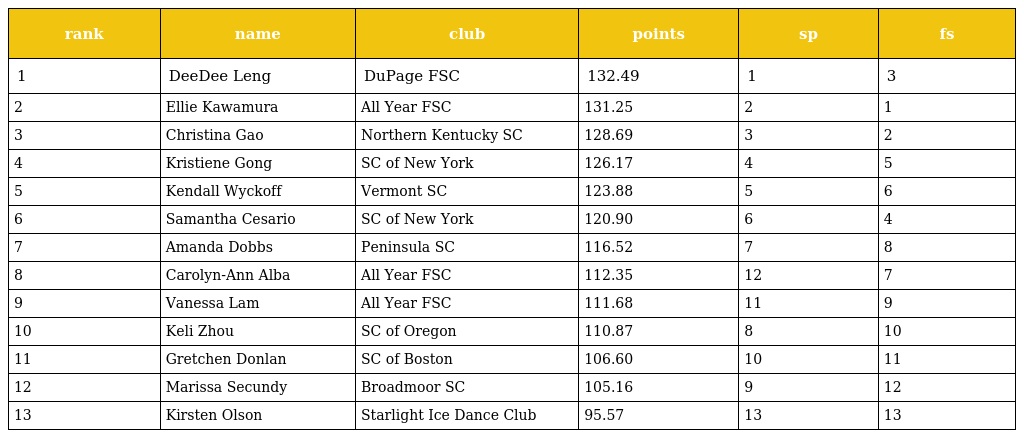
| rank | name | club | points | sp | fs |
 | --- | --- | --- | --- | --- | --- |
 | 1 | DeeDee Leng | DuPage FSC | 132.49 | 1 | 3 |
 | 2 | Ellie Kawamura | All Year FSC | 131.25 | 2 | 1 |
 | 3 | Christina Gao | Northern Kentucky SC | 128.69 | 3 | 2 |
 | 4 | Kristiene Gong | SC of New York | 126.17 | 4 | 5 |
 | 5 | Kendall Wyckoff | Vermont SC | 123.88 | 5 | 6 |
 | 6 | Samantha Cesario | SC of New York | 120.90 | 6 | 4 |
 | 7 | Amanda Dobbs | Peninsula SC | 116.52 | 7 | 8 |
 | 8 | Carolyn-Ann Alba | All Year FSC | 112.35 | 12 | 7 |
 | 9 | Vanessa Lam | All Year FSC | 111.68 | 11 | 9 |
 | 10 | Keli Zhou | SC of Oregon | 110.87 | 8 | 10 |
 | 11 | Gretchen Donlan | SC of Boston | 106.60 | 10 | 11 |
 | 12 | Marissa Secundy | Broadmoor SC | 105.16 | 9 | 12 |
 | 13 | Kirsten Olson | Starlight Ice Dance Club | 95.57 | 13 | 13 |